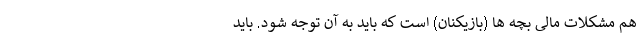
هم مشکلات مالی بچه ها (بازیکنان) است که باید به آن توجه شود. باید